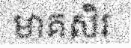
មាគសិរ